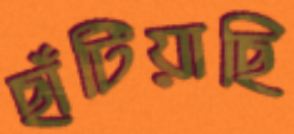
ছাঁটিয়াছি